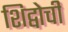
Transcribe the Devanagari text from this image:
शिद्वोची